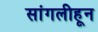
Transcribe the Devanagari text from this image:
सांगलीहून